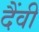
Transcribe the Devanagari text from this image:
दैंवी